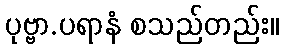
ပုဗ္ဗာ.ပရာနံ စသည်တည်း။